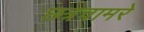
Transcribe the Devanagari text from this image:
छत्रचामरे